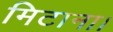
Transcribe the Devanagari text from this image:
मिटाना।